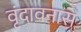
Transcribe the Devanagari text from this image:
वृंदावनास